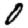
Digit: 0